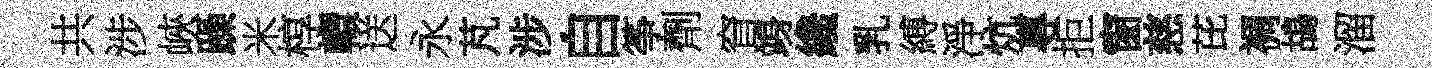
共涉峽躁米椁轘送永芃涉自筝劑窅竧纔乳縛淨炕專拒窗慈芘裯鴣溜